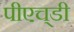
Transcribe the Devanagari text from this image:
पीएच्‌डी